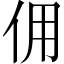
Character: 佣